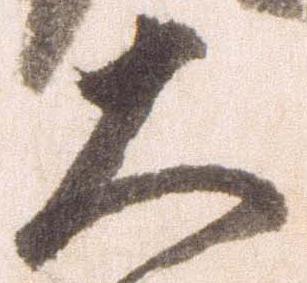
大